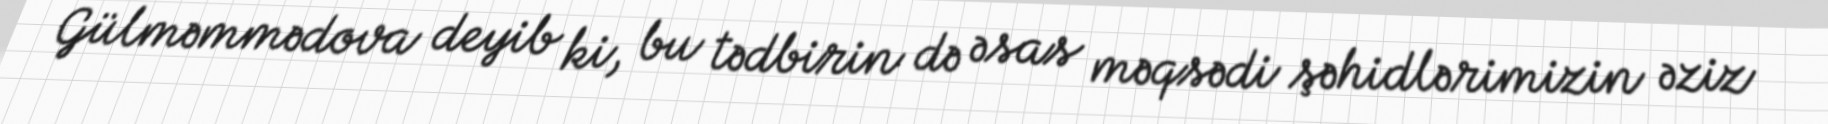
Gülməmmədova deyib ki, bu tədbirin də əsas məqsədi şəhidlərimizin əziz